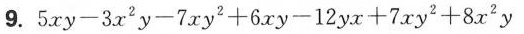
9. $$5 x y - 3 x ^ { 2 } y - 7 x y ^ { 2 } + 6 x y - 1 2 y x + 7 x y ^ { 2 } + 8 x ^ { 2 } y$$